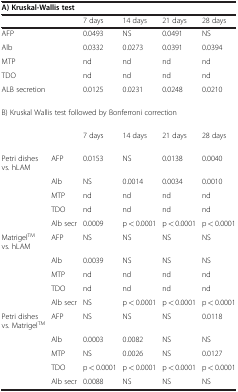
<table><thead><tr><td colspan="6"><b>A) Kruskal-Wallis test</b></td></tr><tr><td colspan="2"><b> </b></td><td><b>7 days</b></td><td><b>14 days</b></td><td><b>21 days</b></td><td><b>28 days</b></td></tr></thead><tbody><tr><td>AFP</td><td> </td><td>0.0493</td><td>NS</td><td>0.0491</td><td>NS</td></tr><tr><td>Alb</td><td> </td><td>0.0332</td><td>0.0273</td><td>0.0391</td><td>0.0394</td></tr><tr><td>MTP</td><td> </td><td>nd</td><td>nd</td><td>nd</td><td>nd</td></tr><tr><td>TDO</td><td> </td><td>nd</td><td>nd</td><td>nd</td><td>nd</td></tr><tr><td>ALB secretion</td><td> </td><td>0.0125</td><td>0.0231</td><td>0.0248</td><td>0.0210</td></tr><tr><td colspan="6">B) Kruskal Wallis test followed by Bonferroni correction</td></tr><tr><td colspan="2"> </td><td>7 days</td><td>14 days</td><td>21 days</td><td>28 days</td></tr><tr><td>Petri dishes vs. hLAM</td><td>AFP</td><td>0.0153</td><td>NS</td><td>0.0138</td><td>0.0040</td></tr><tr><td> </td><td>Alb</td><td>NS</td><td>0.0014</td><td>0.0034</td><td>0.0010</td></tr><tr><td> </td><td>MTP</td><td>nd</td><td>nd</td><td>nd</td><td>nd</td></tr><tr><td> </td><td>TDO</td><td>nd</td><td>nd</td><td>nd</td><td>nd</td></tr><tr><td> </td><td>Alb secr</td><td>0.0009</td><td>p &lt; 0.0001</td><td>p &lt; 0.0001</td><td>p &lt; 0.0001</td></tr><tr><td>Matrigel<sup>TM</sup> vs. hLAM</td><td>AFP</td><td>NS</td><td>NS</td><td>NS</td><td>NS</td></tr><tr><td> </td><td>Alb</td><td>0.0039</td><td>NS</td><td>NS</td><td>NS</td></tr><tr><td> </td><td>MTP</td><td>nd</td><td>nd</td><td>nd</td><td>nd</td></tr><tr><td> </td><td>TDO</td><td>nd</td><td>nd</td><td>nd</td><td>nd</td></tr><tr><td> </td><td>Alb secr</td><td>NS</td><td>p &lt; 0.0001</td><td>p &lt; 0.0001</td><td>p &lt; 0.0001</td></tr><tr><td>Petri dishes vs. Matrigel<sup>TM</sup></td><td>AFP</td><td>NS</td><td>NS</td><td>NS</td><td>0.0118</td></tr><tr><td> </td><td>Alb</td><td>0.0003</td><td>0.0082</td><td>NS</td><td>NS</td></tr><tr><td> </td><td>MTP</td><td>NS</td><td>0.0026</td><td>NS</td><td>0.0127</td></tr><tr><td> </td><td>TDO</td><td>p &lt; 0.0001</td><td>p &lt; 0.0001</td><td>p &lt; 0.0001</td><td>p &lt; 0.0001</td></tr><tr><td> </td><td>Alb secr</td><td>0.0088</td><td>NS</td><td>NS</td><td>NS</td></tr></tbody></table>